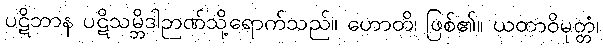
ပဋိဘာန ပဋိသမ္ဘိဒါဉာဏ်သို့ရောက်သည်။ ဟောတိ၊ ဖြစ်၏။ ယထာဝိမုတ္တံ၊